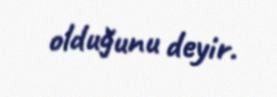
olduğunu deyir.